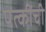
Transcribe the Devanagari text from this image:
पत्कींची